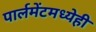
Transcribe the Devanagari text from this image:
पार्लमेंटमध्येही